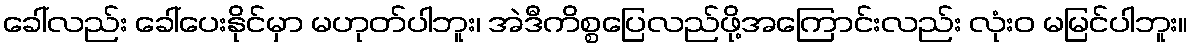
ခေါ်လည်း ခေါ်ပေးနိုင်မှာ မဟုတ်ပါဘူး၊ အဲဒီကိစ္စပြေလည်ဖို့အကြောင်းလည်း လုံးဝ မမြင်ပါဘူး။